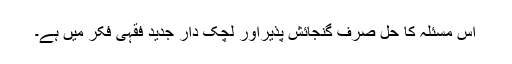
اِس مسئلہ کا حل صرف گنجائش پذیراور لچک دار جدید فقہی فکر میں ہے۔